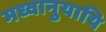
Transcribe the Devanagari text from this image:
मध्वानुयायि